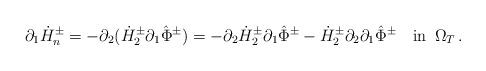
LaTeX: \begin{align*}\partial_1\dot H^\pm_n=-\partial_2(\dot H^\pm_2\partial_1\hat\Phi^\pm)=-\partial_2\dot H^\pm_2\partial_1\hat\Phi^\pm-\dot H^\pm_2\partial_2\partial_1\hat\Phi^\pm\quad\mbox{in}\,\,\,\Omega_T\,.\end{align*}